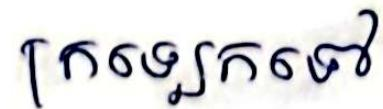
ករឡេកទៅ